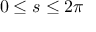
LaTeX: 0 \leq s \leq 2 \pi